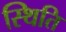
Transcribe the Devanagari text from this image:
स्थिति